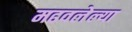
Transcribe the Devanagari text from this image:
मढवलेल्या